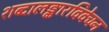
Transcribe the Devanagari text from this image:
शब्दालङ्कारविवेचन